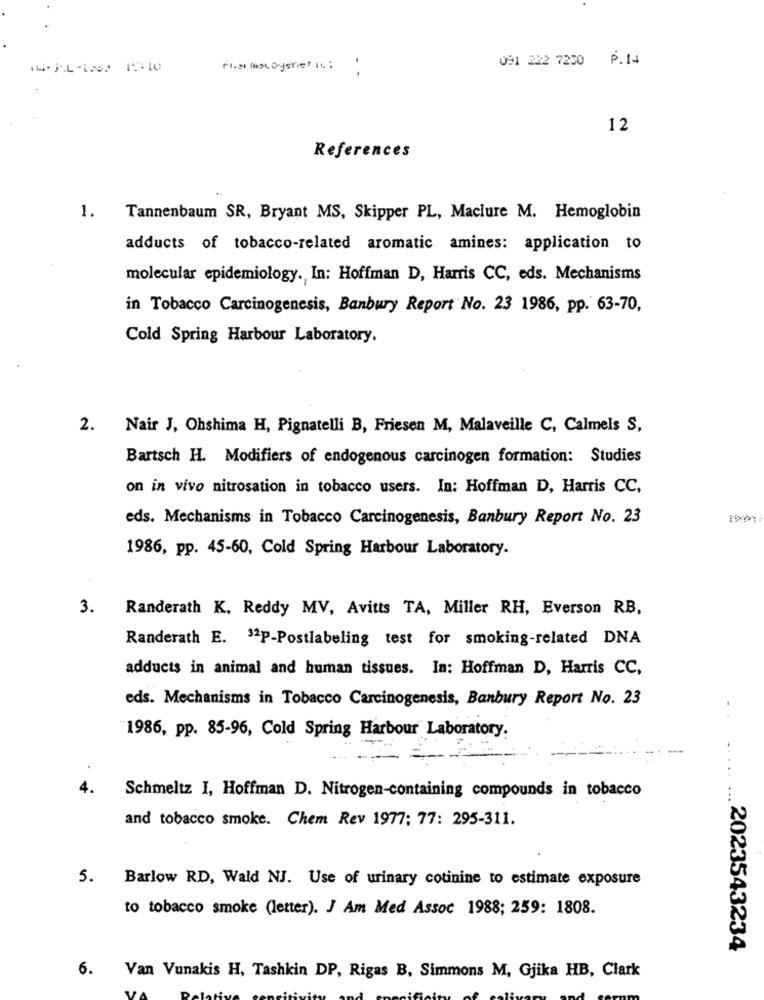
091 322 7250 P.14
- -
12
References
1.
Tannenbaum SR, Bryant MS, Skipper PL, Maclure M. Hemoglobin
adducts of tobacco-related aromatic amines: application to
molecular epidemiology. In: Hoffman D, Harris CC, eds. Mechanisms
in Tobacco Carcinogenesis, Banbury Report No. 23 1986, pp. 63-70,
Cold Spring Harbour Laboratory.
2. Nair J, Ohshima H, Pignatelli B, Friesen M, Malaveille C, Calmels S,
Bartsch H. Modifiers of endogenous carcinogen formation: Studies
on in vivo nitrosation in tobacco users. In: Hoffman D, Harris CC,
eds. Mechanisms in Tobacco Carcinogenesis, Banbury Report No. 23
1986, pp. 45-60, Cold Spring Harbour Laboratory.
3.
Randerath K, Reddy MV, Avitts TA, Miller RH, Everson RB,
Randerath E. 32P-Postlabeling test for smoking-related DNA
adducts in animal and human tissues. In: Hoffman D, Harris CC,
eds. Mechanisms in Tobacco Carcinogenesis, Banbury Report No. 23
1986, pp. 85-96, Cold Spring Harbour Laboratory.
4.
Schmeltz I, Hoffman D. Nitrogen-containing compounds in tobacco
and tobacco smoke. Chem Rev 1977; 77: 295-311.
5.
Barlow RD, Wald NJ. Use of urinary cotinine to estimate exposure
to tobacco smoke (letter). J Am Med Assoc 1988; 259: 1808.
..... ... 2023543234
6.
Van Vunakis H, Tashkin DP, Rigas B, Simmons M, Gjika HB, Clark